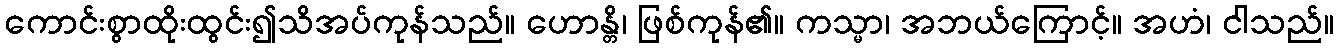
ကောင်းစွာထိုးထွင်း၍သိအပ်ကုန်သည်။ ဟောန္တိ၊ ဖြစ်ကုန်၏။ ကသ္မာ၊ အဘယ်ကြောင့်။ အဟံ၊ ငါသည်။